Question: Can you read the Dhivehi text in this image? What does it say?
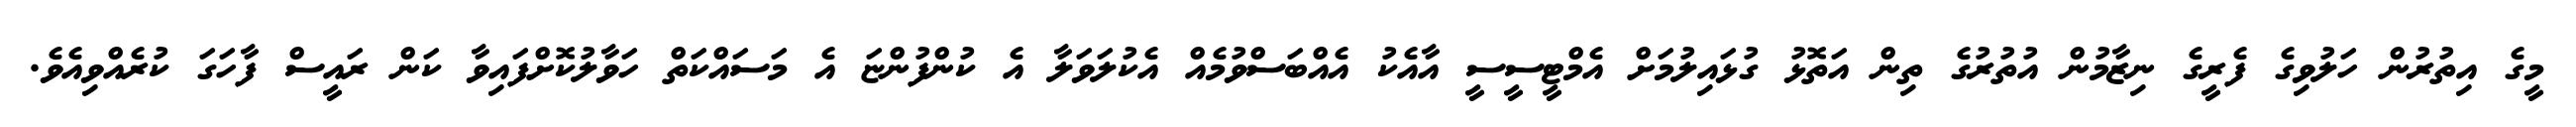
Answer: މީގެ އިތުރުން ހަލުވިގެ ފެރީގެ ނިޒާމުން އުތުރުގެ ތިން އަތޮޅު ގުޅައިލުމަށް އެމްޓީސީސީ އާއެކު އެއްބަސްވުމެއް އެކުލަވަލާ އެ ކުންފުންޏަ އެ މަސައްކަތް ހަވާލުކޮށްފައިވާ ކަން ރައީސް ފާހަގަ ކުރެއްވިއެވެ.